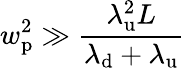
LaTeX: w_{\mathrm{p}}^{2}\gg\frac{\lambda_{\mathrm{u}}^{2}L}{\lambda_{\mathrm{d}}+\lambda_{\mathrm{u}}}